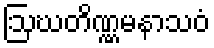
ဩဃတိဏ္ဏမနာသဝံ